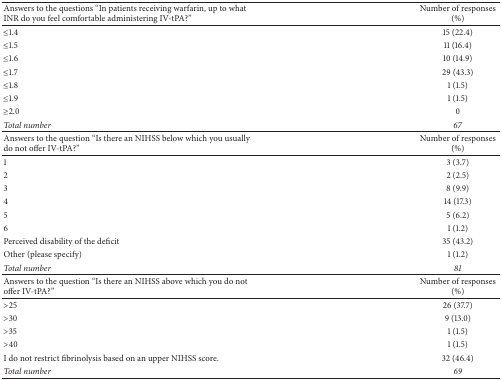
| Answers to the questions “In patients receiving warfarin, up to what INR do you feel comfortable administering IV-tPA?” | Number of responses (%) |
 | --- | --- |
 | ≤1.4 | 15 (22.4) |
 | ≤1.5 | 11 (16.4) |
 | ≤1.6 | 10 (14.9) |
 | ≤1.7 | 29 (43.3) |
 | ≤1.8 | 1 (1.5) |
 | ≤1.9 | 1 (1.5) |
 | ≥2.0 | 0 |
 | Total number | 67 |
 | Answers to the question “Is there an NIHSS below which you usually do not offer IV-tPA?” | Number of responses (%) |
 | 1 | 3 (3.7) |
 | 2 | 2 (2.5) |
 | 3 | 8 (9.9) |
 | 4 | 14 (17.3) |
 | 5 | 5 (6.2) |
 | 6 | 1 (1.2) |
 | Perceived disability of the deficit | 35 (43.2) |
 | Other (please specify) | 1 (1.2) |
 | Total number | 81 |
 | Answers to the question “Is there an NIHSS above which you do not offer IV-tPA?” | Number of responses (%) |
 | >25 | 26 (37.7) |
 | >30 | 9 (13.0) |
 | >35 | 1 (1.5) |
 | >40 | 1 (1.5) |
 | I do not restrict fibrinolysis based on an upper NIHSS score. | 32 (46.4) |
 | Total number | 69 |